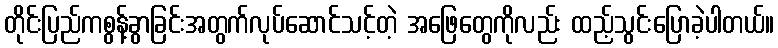
တိုင်းပြည်ကစွန့်ခွာခြင်းအတွက်လုပ်ဆောင်သင့်တဲ့ အဖြေတွေကိုလည်း ထည့်သွင်းပြောခဲ့ပါတယ်။